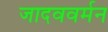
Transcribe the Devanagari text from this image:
जादववर्मन